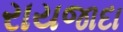
રાયજાદા